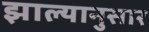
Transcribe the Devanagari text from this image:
झाल्यानुसार